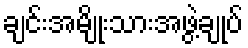
ချင်းအမျိုးသားအဖွဲ့ချုပ်